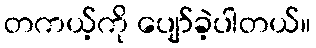
တကယ့်ကို ပျော်ခဲ့ပါတယ်။